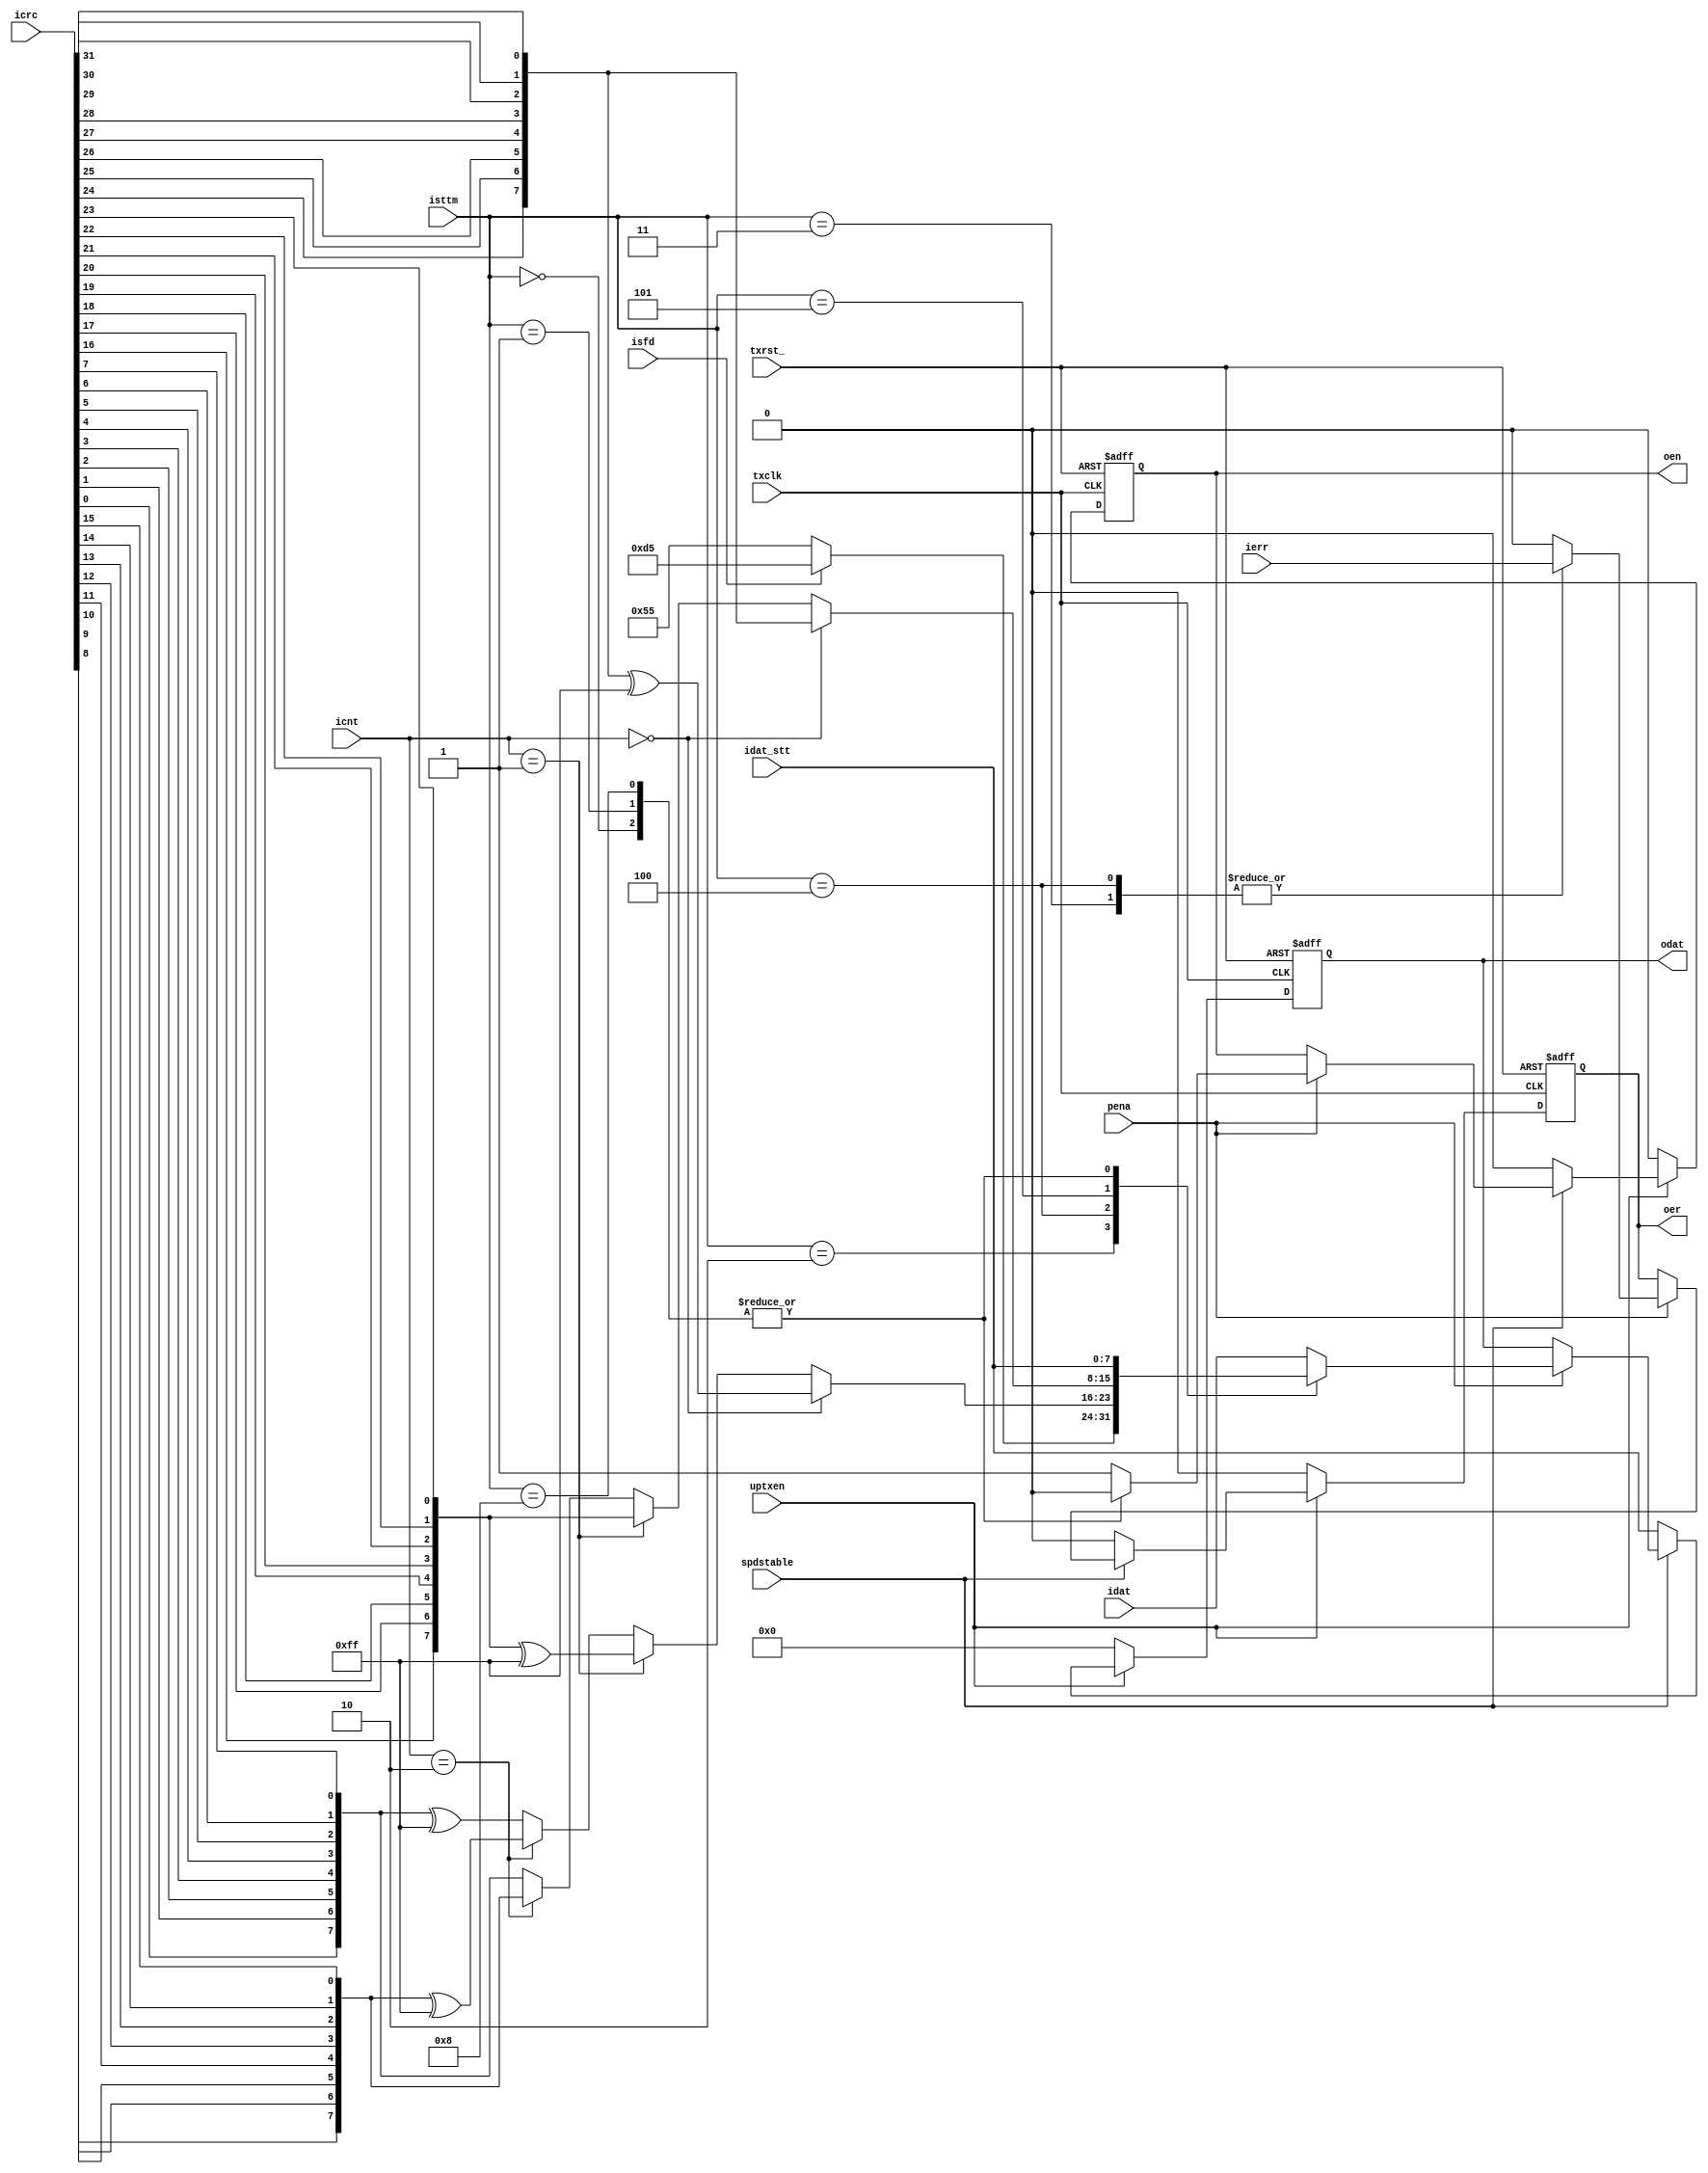
// Description  : .
////////////////////////////////////////////////////////////////////////////////

module ipsmacge_txinsert
    (
     txrst_,
     txclk,
     pena,
     // status
     idat_stt,
     isfd,
     isttm, // state machine
     icnt,
     icrc,
     // input
     ierr,
     idat,
     //
     uptxen,
     spdstable,
     // output
     oer,
     oen,
     odat
     );

////////////////////////////////////////////////////////////////////////////////
// Parameter declarations
parameter DAT_DW = 8;
parameter CNT_DW = 6;
// state machine

parameter STT_DW = 4;

// state machine
parameter STT_IGAP = 4'd0,
          STT_IRDY = 4'd1,
          STT_IPRM = 4'd2,
          STT_IPAY = 4'd3,
          STT_IFCS = 4'd4,
          STT_IFCE = 4'd5,
          STT_IPAU = 4'd6,
          STT_IPAD = 4'd7,
          STT_IDIS = 4'd8;

parameter FCSB1 = 6'd0,
          FCSB2 = 6'd1,
          FCSB3 = 6'd2,
          FCSB4 = 6'd3;

parameter DAT_SFD = 8'hD5,
          DAT_PRM = 8'h55;
////////////////////////////////////////////////////////////////////////////////
// input declarations
input     txrst_;
input     txclk;

input [DAT_DW-1:0] idat;
input              ierr;

input [DAT_DW-1:0] idat_stt;
input              pena;
input              isfd;
input [STT_DW-1:0] isttm;
input [CNT_DW-1:0] icnt;
input [31:0]       icrc;

input              uptxen;
input              spdstable; //1'b1: speed stable, 1'b0: speed unstable

output [DAT_DW-1:0] odat;
output              oen;
output              oer;
////////////////////////////////////////////////////////////////////////////////
// signal declarations
reg    [DAT_DW-1:0] odat;
reg                 oen;
reg                 oer;
wire [31:0]         icrc_inv;
////////////////////////////////////////////////////////////////////////////////
// Local logic and instantiation
assign icrc_inv = {icrc[24],icrc[25],icrc[26],icrc[27],icrc[28],icrc[29],icrc[30],icrc[31],
                   icrc[16],icrc[17],icrc[18],icrc[19],icrc[20],icrc[21],icrc[22],icrc[23],
                   icrc[8] ,icrc[9] ,icrc[10],icrc[11],icrc[12],icrc[13],icrc[14],icrc[15],
                   icrc[0] ,icrc[1] ,icrc[2] ,icrc[3] ,icrc[4] ,icrc[5] ,icrc[6] ,icrc[7]};

always @(posedge txclk or negedge txrst_)
    begin
    if (!txrst_)        odat <= {DAT_DW{1'b0}};
    else if (!uptxen)   odat <= {DAT_DW{1'b0}};
    else if (~spdstable)odat <= idat_stt;          
    else if (pena)
        begin
        case (isttm)
            STT_IPRM:   odat <= isfd ? DAT_SFD  : DAT_PRM;
            STT_IFCS:   odat <= (icnt == FCSB1) ? icrc_inv [31:24] ^ 8'hff :
                                (icnt == FCSB2) ? icrc_inv [23:16] ^ 8'hff :
                                (icnt == FCSB3) ? icrc_inv [15: 8] ^ 8'hff :
                                icrc_inv [ 7: 0] ^ 8'hff;
            STT_IFCE:   odat <= (icnt == FCSB1) ? icrc_inv [31:24]:
                                (icnt == FCSB2) ? icrc_inv [23:16]:
                                (icnt == FCSB3) ? icrc_inv [15: 8]:
                                icrc_inv [ 7: 0];
            STT_IGAP:   odat <= idat_stt;
            STT_IRDY:   odat <= idat_stt;
            STT_IDIS:   odat <= idat_stt;
            default:    odat <= idat;
        endcase
        end
    end

// oena
always @(posedge txclk or negedge txrst_)
    begin
    if (!txrst_)        oen <= 1'b0;
    else if (~uptxen)   oen <= 1'b0;
    else if (~spdstable)oen <= 1'b0;
    else if (pena)
        begin
        case (isttm)
            STT_IGAP:   oen <= 1'b0;
            STT_IRDY:   oen <= 1'b0;
            STT_IDIS:   oen <= 1'b0;
            default:    oen <= 1'b1;
        endcase
        end
    end

always @(posedge txclk or negedge txrst_)
    begin
    if (!txrst_)        oer <= 1'b0;
    else if (~uptxen)   oer <= 1'b0;
    else if (~spdstable)oer <= 1'b0;
    else if (pena)
        begin
        case (isttm)
            STT_IPAY:   oer <= ierr;
            STT_IFCS:   oer <= ierr;
            default:    oer <= 1'b0;
        endcase
        end
    end

endmodule